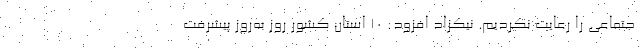
جتماعی را رعایت نکردیم. نیکزاد افزود: ۱۰ استان کشور روز به‌روز پیشرفت